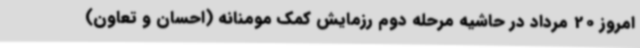
امروز 20 مرداد در حاشیه مرحله دوم رزمایش کمک مومنانه (احسان و تعاون)